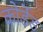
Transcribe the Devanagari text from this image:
कोर्डेड